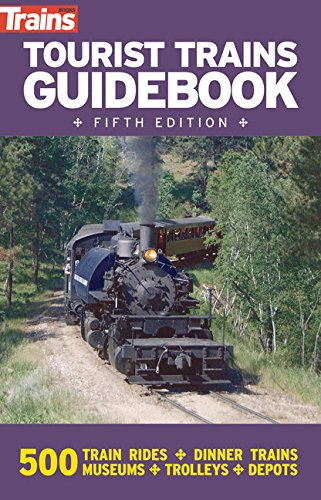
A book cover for Tourist Trains Guidebook; Travel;